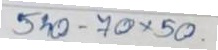
540 - 70 x 50